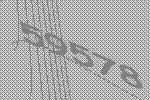
59578